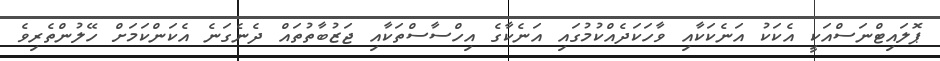
ޕޮލައިޓްނަސްއަކީ އެކަކު އަނެކަކާއި ވާހަކަދެއްކުމުގައި އަނެކާގެ އިހްސާސްތަކާއި ޖަޒުބާތުތައް ދެނެގަނެ އެކަންކަމަށް ހޭލުންތެރިވެ